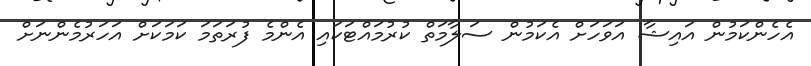
އެހެންކަމުން އައިޝާ އަވަހަށް އެކަމުން ސަލާމަތް ކުރުމައްޓަކައި އެންމެ ފުރަތަމަ ކަމަކަށް އަހަރުމެންނަށް